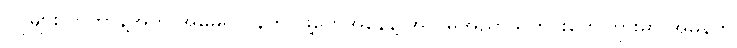
ပိုပိုများလာတာနဲ့အတူ အမေရိကန်တပ်ဖွဲ့တွေအနေနဲ့ အလိမ်အညာသတင်းတွေကြားမှာ အမှန်ကို